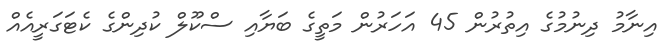
އިނާމު ދިނުމުގެ އިތުރުން 45 އަހަރުން މަތީގެ ބަޔާއި ސްކޫލް ކުދިންގެ ކެޓަގަރީއެއް